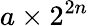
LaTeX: a\times 2^{2n}